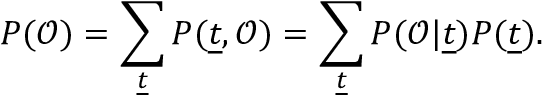
P ( \mathcal { O } ) = \sum _ { \underline { { t } } } P ( { \underline { { t } } } , \mathcal { O } ) = \sum _ { \underline { { t } } } P ( \mathcal { O } | { \underline { { t } } } ) P ( { \underline { { t } } } ) .